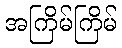
အကြိမ်ကြိမ်